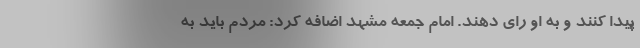
پیدا کنند و به او رای دهند. امام جمعه مشهد اضافه کرد: مردم باید به